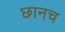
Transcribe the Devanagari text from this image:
छानच